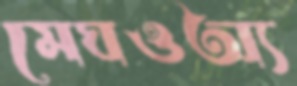
মেঘওঅ্য